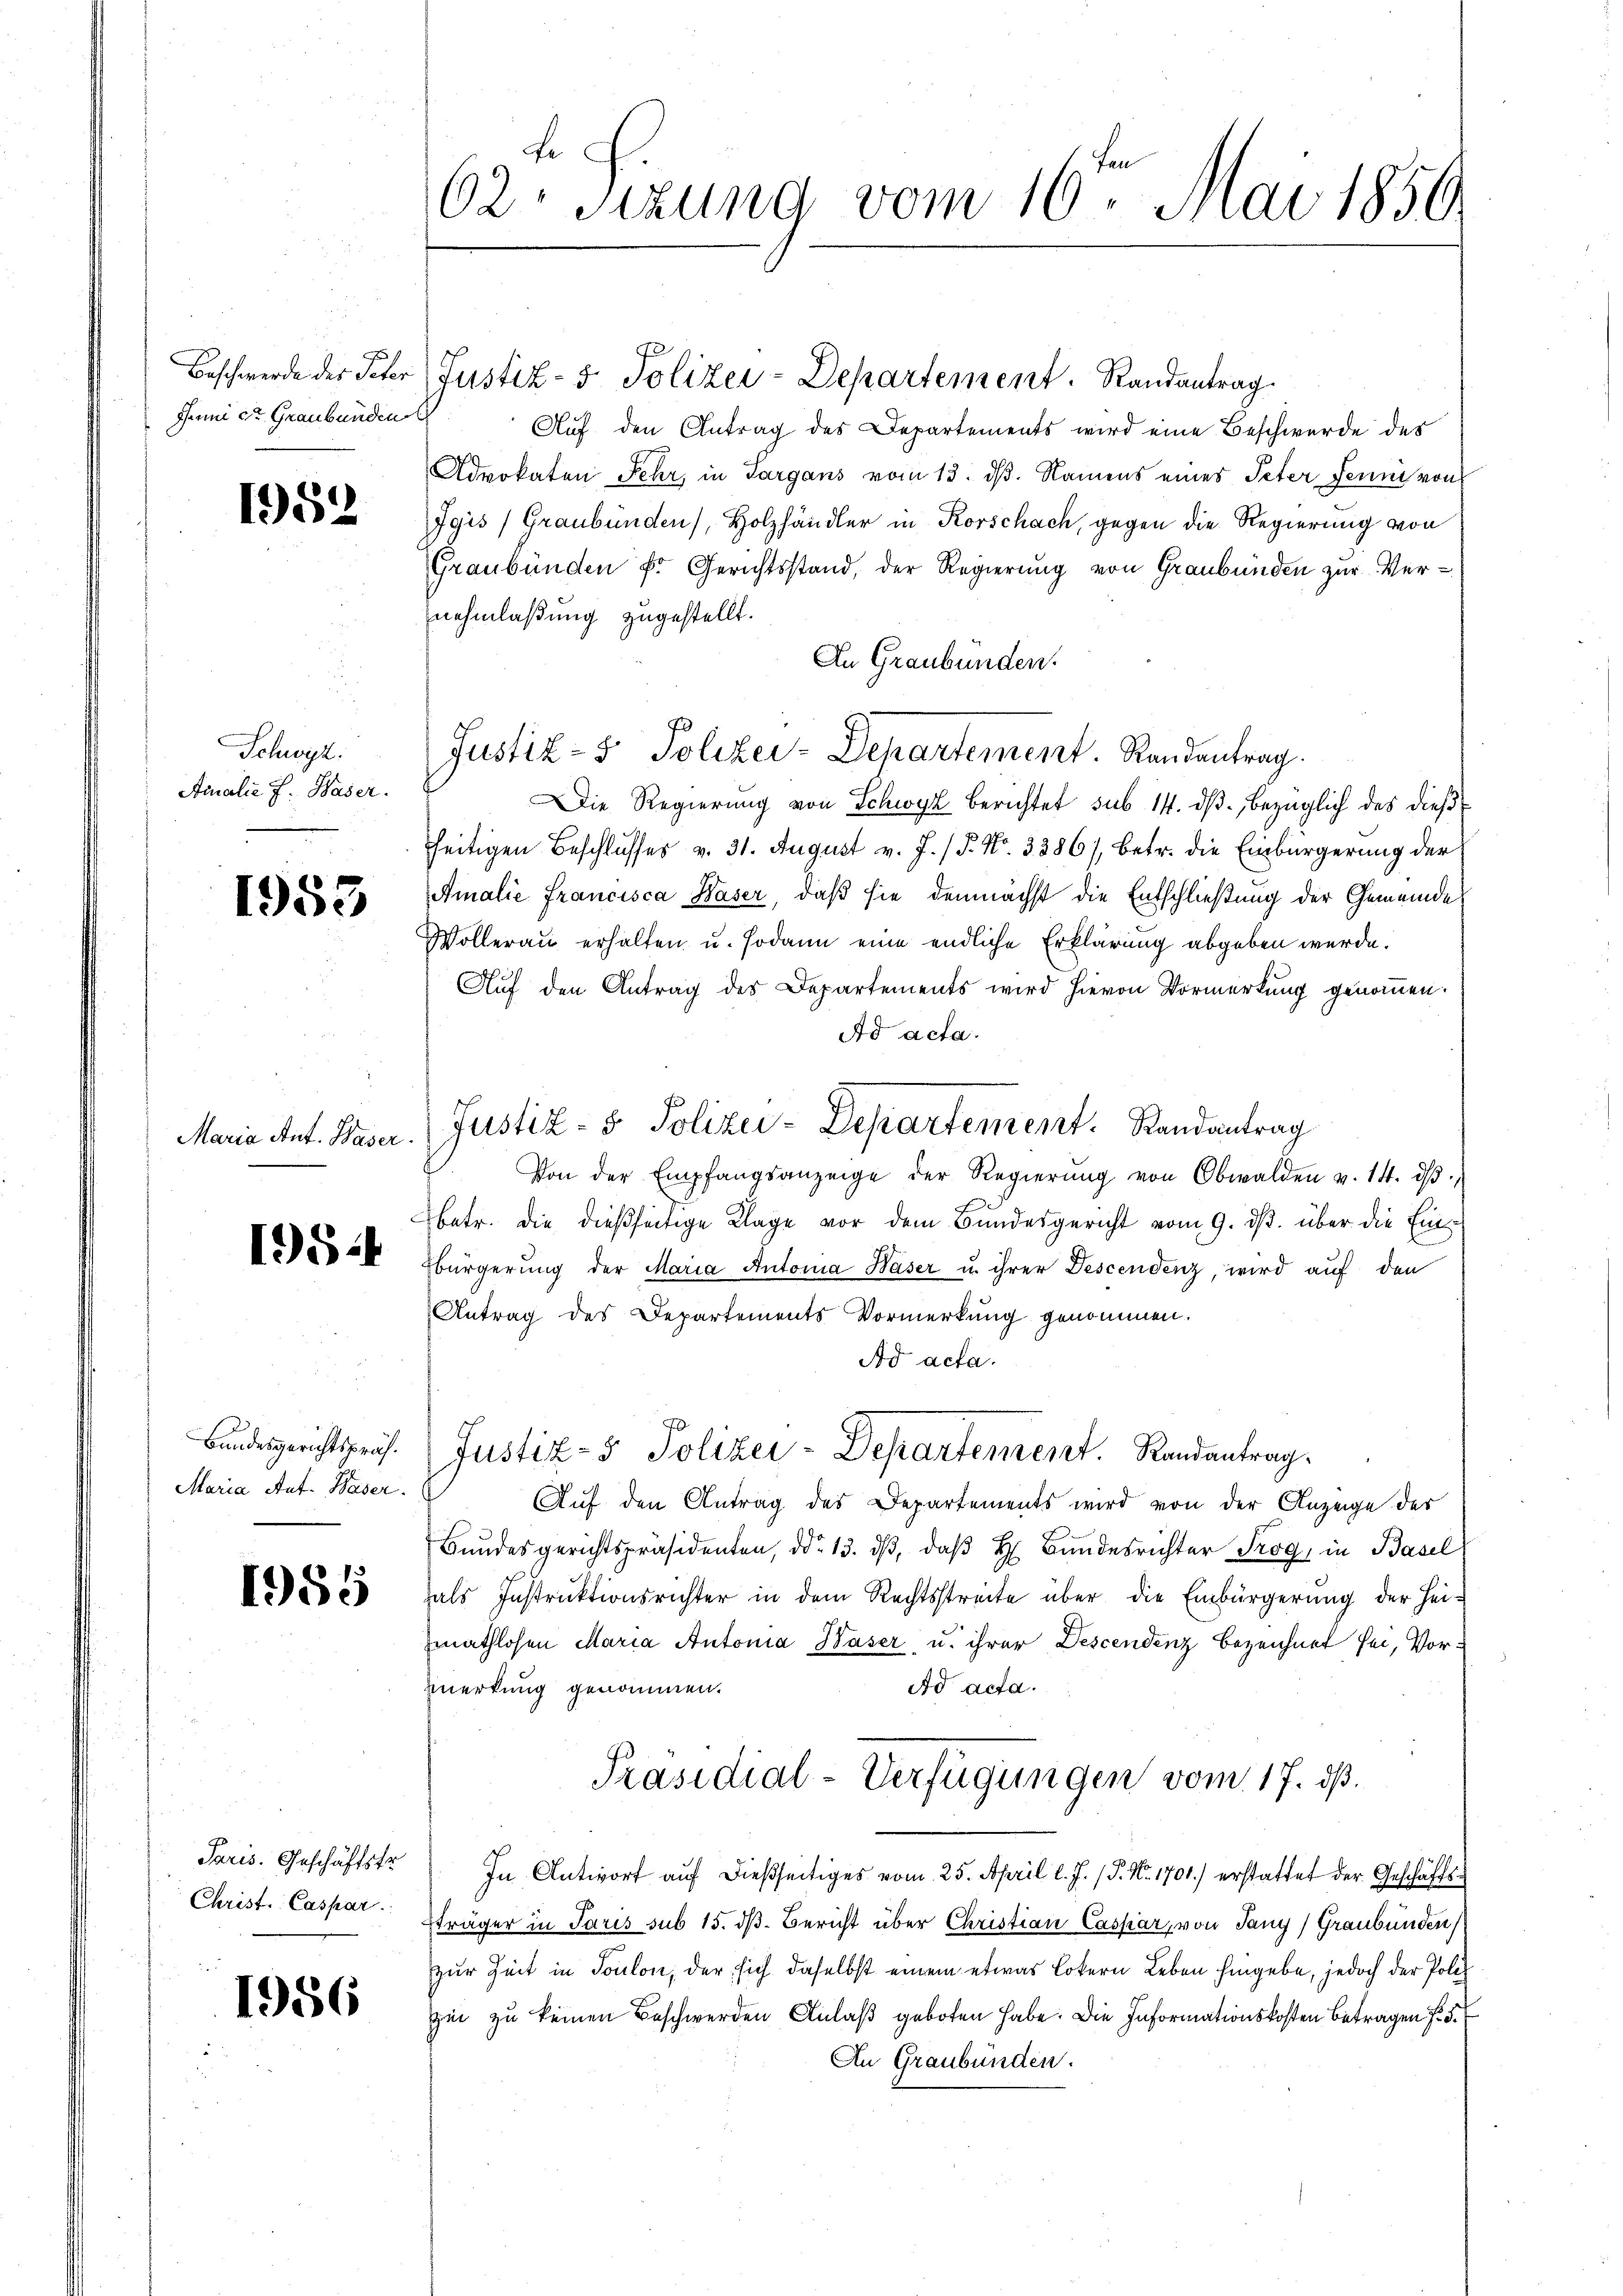
Beschwerde der Peter
Jerii den Graubünden

1952

Schwyz.
Ainalie f. Waser.

1953

Maria Ant. Waser

Bundesgerichtspräs.
Maria Ant. Waser.

1985

Paris. Geschäftstr.
Christ. Caspar

1

1954

956

62. Sizung vom 16ten Mai 1850.

Justiz- & Polizei-Departement. Randantrag.
Auf den Antrag des Departements wird eine Beschwerde des
Advokaten Fehr, in Sargans vom 13. dß. Namens eines Peter Feum von
Igis (Graubünden, Holzhändler in Korschach, gegen die Regierung von
Graubünden Fr. Gerichtsstand, der Regierung von Graubünden zur Vernehmlaßung zugestellt.
In Graubünden.
Justiz- & Polizei-Departement. Randentrag.
Die Regierung von Schwyz berichtet sub 14. dβ, bezüglich des dießseitigen Beschlusses v. 31. August v. J. / P. Nr. 3386), betr. die Einbürgerung der
Amalie Francisca Baser, daß sie demnächst die Entschließung der Gemeinde
Wollerau erhalten u. sodann eine endliche Erklärung abgeben werde.
Auf den Antrag des Departements wird hievon Vormerkung genommen.
Ad acta.
Von der Empfangsanzeige der Regierŭng von Obwalden v. 14. dβ
betr. die dießseitige Klage vor dem Bundesgericht vom 9. ds. über die Ein¬
Ebürgerung der Maria Automa Häser u. ihrer Descendenz, wird auf den
Antrag des Departements Vormerkung genommen.
Ad acta.
Justiz- & Polizei-Departement. Randantrag.
Auf den Antrag des Departements wird von der Anzeige der
Bundesgerichtspräsidenten, ddo 13. dβ, daβ H Bundesrichter Trog, in Basel
hals Instruktionsrichter in dem Rechtsstreite über die Einbürgerung der Hei-
mathlosen Maria Antonia Waser, u. ihrer Descendenz bezeichnet sei, Vormerkung genommen.
Ad acta.
Präsidial-Verfügungen vom 17. ds.
In Antwort aŭf dießseitiges vom 25. April l. J. P. Nr. 1701.) erstattet der Geschäftsträger in Paris sub 15. dß. Bericht über Christian Caspar, von Tany Graubünden,
zur Zeit in Soulon, der sich daselbst einem etwas Lokern Leben hingebe, jedoch der Poliz
zei zu keinen Beschwerden Anlaß geboten habe. Die Informationskosten Betragen fr. 5.
An Graubünden.

Justiz- & Polizei-Departement. Randantrag